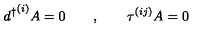
{ d ^ { \dagger } } ^ { ( i ) } A = 0 \quad \quad , \quad \quad \tau ^ { ( i j ) } A = 0